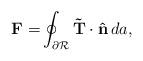
LaTeX: \begin{align*}\mathbf{F=}\oint_{\partial \mathcal{R}}\mathbf{\tilde{T}\cdot \hat{n}}\,da,\end{align*}